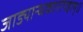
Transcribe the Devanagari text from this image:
जाड्यान्धकारापहाम्‌॥